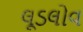
લૂડલોવ